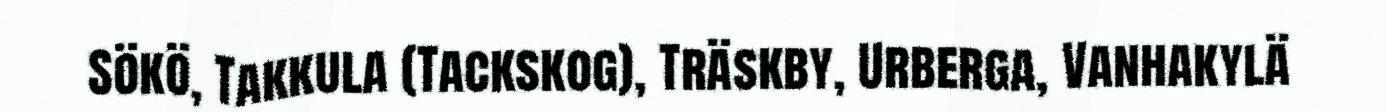
Sökö, Takkula (Tackskog), Träskby, Urberga, Vanhakylä